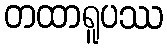
တထာရူပဿ